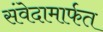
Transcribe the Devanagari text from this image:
संवेदामार्फत